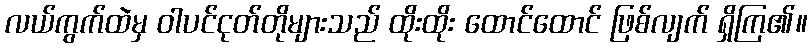
လယ်ကွက်ထဲမှ ဝါပင်ငုတ်တိုများသည် ထိုးထိုး ထောင်ထောင် ဖြစ်လျက် ရှိကြ၏။